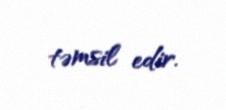
təmsil edir.